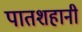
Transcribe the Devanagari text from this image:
पातशहानी